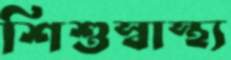
শিশুস্বাস্থ্য